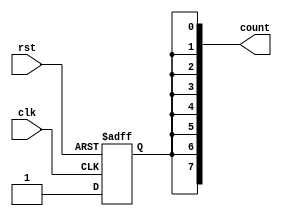
`timescale 1ns / 1ps
//////////////////////////////////////////////////////////////////////////////////
// Company: 
// Engineer: 
// 
// Design Name: 
// Module Name: E_8_downcount_async
// Project Name: 
// Target Devices: 
// Tool Versions: 
// Description: 
// 
// Dependencies: 
// 
// Revision:
// Revision 0.01 - File Created
// Additional Comments:
// 
//////////////////////////////////////////////////////////////////////////////////


module E_8_downcount_async(input clk,rst, output reg [7:0]count);
initial
count=8'b11111111;

always @(posedge clk or posedge rst)
begin
if(rst)
count=8'b11111111;

if(count>8'b00000000 & rst==0)
count<= count-8'b00000001;

else if(count==8'b00000000);
count=8'b11111111;
end





endmodule